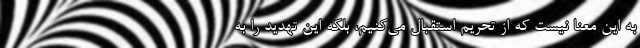
به این معنا نیست که از تحریم استقبال می‌کنیم، بلکه این تهدید را به